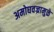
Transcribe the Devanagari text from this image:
अमोघवज्रामुळे